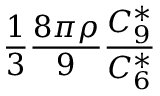
\frac { 1 } { 3 } \frac { 8 \pi \rho } { 9 } \frac { C _ { 9 } ^ { * } } { C _ { 6 } ^ { * } }